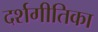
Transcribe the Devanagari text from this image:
दर्शगीतिका